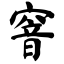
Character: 窨